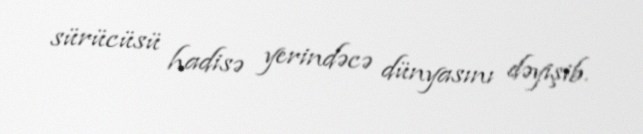
sürücüsü hadisə yerindəcə dünyasını dəyişib.